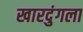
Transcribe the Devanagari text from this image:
खारदुंगला